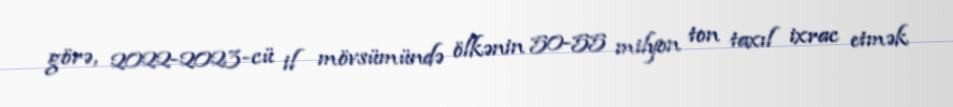
görə, 2022-2023-cü il mövsümündə ölkənin 50-55 milyon ton taxıl ixrac etmək